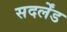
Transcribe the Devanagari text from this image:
सदर्लेंड